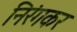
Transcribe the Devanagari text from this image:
निरंगकर